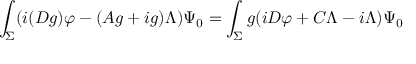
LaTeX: \int _ { \Sigma } ( i ( D g ) \varphi - ( A g + i g ) \Lambda ) \Psi _ { 0 } = \int _ { \Sigma } g ( i D \varphi + C \Lambda - i \Lambda ) \Psi _ { 0 }